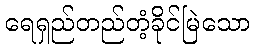
ရေရှည်တည်တံ့ခိုင်မြဲသော